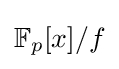
\mathbb {F} _{p}[x]/f